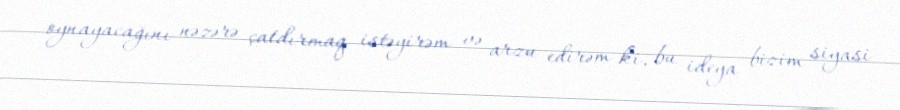
oynayacağını nəzərə çatdırmaq istəyirəm və arzu edirəm ki, bu ideya bizim siyasi